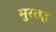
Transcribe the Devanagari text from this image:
मुस्तह